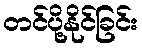
တင်ပို့နိုင်ခြင်း